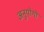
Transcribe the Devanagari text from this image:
अनुयोगों